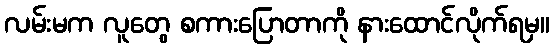
လမ်းမက လူတွေ စကားပြောတာကို နားထောင်လိုက်ရမှ။